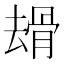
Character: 𠬒